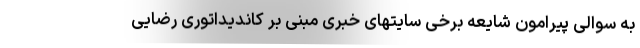
به سوالی پیرامون شایعه برخی سایتهای خبری مبنی بر کاندیداتوری رضایی